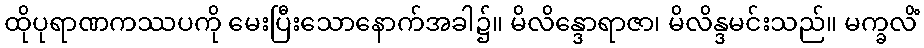
ထိုပုရာဏကဿပကို မေးပြီးသောနောက်အခါ၌။ မိလိန္ဒောရာဇာ၊ မိလိန္ဒမင်းသည်။ မက္ခလိံ